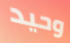
وحيد